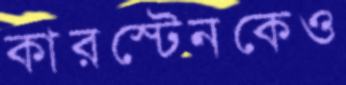
কারস্টেনকেও